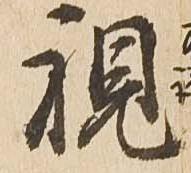
視